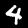
Digit: 4